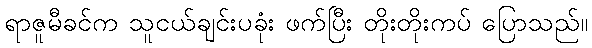
ရာဇူမီခင်က သူငယ်ချင်းပခုံး ဖက်ပြီး တိုးတိုးကပ် ပြောသည်။